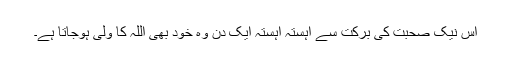
اس نیک صحبت کی برکت سے آہستہ آہستہ ایک دن وہ خود بھی اللہ کا ولی ہوجاتا ہے۔